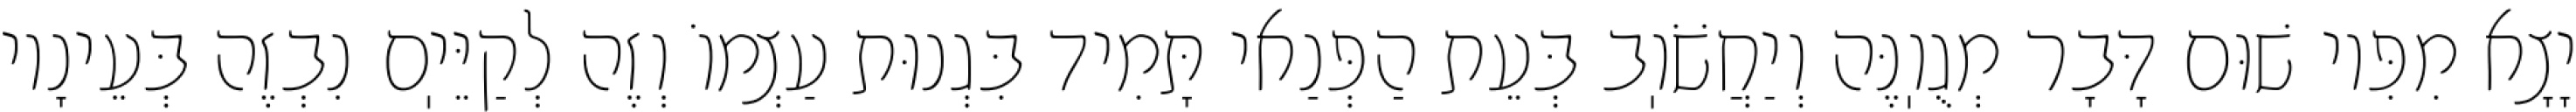
יָצָא מִפִּיו שׁוּם דָּבָר מְגֻוֽנֶּה וְיַחֲשֹׁוֽב בְּעֵת הַפְּנַאי תָּמִיד בִּגְנוּת עַצְמוֹ וְזֶה לְקַיֵּיֽם נִבְזֶה בְּעֵינָיו